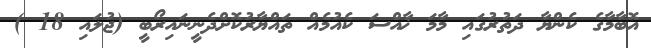
އޮބާމާގެ ކެންޔާ ދަތުރުގައި މާމަ ޚާއްސަ ކެއުމެއް ތައްޔާރުކޮށްދެނީނައިރޯބީ (ޖުލައި 18 )